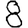
Digit: 8